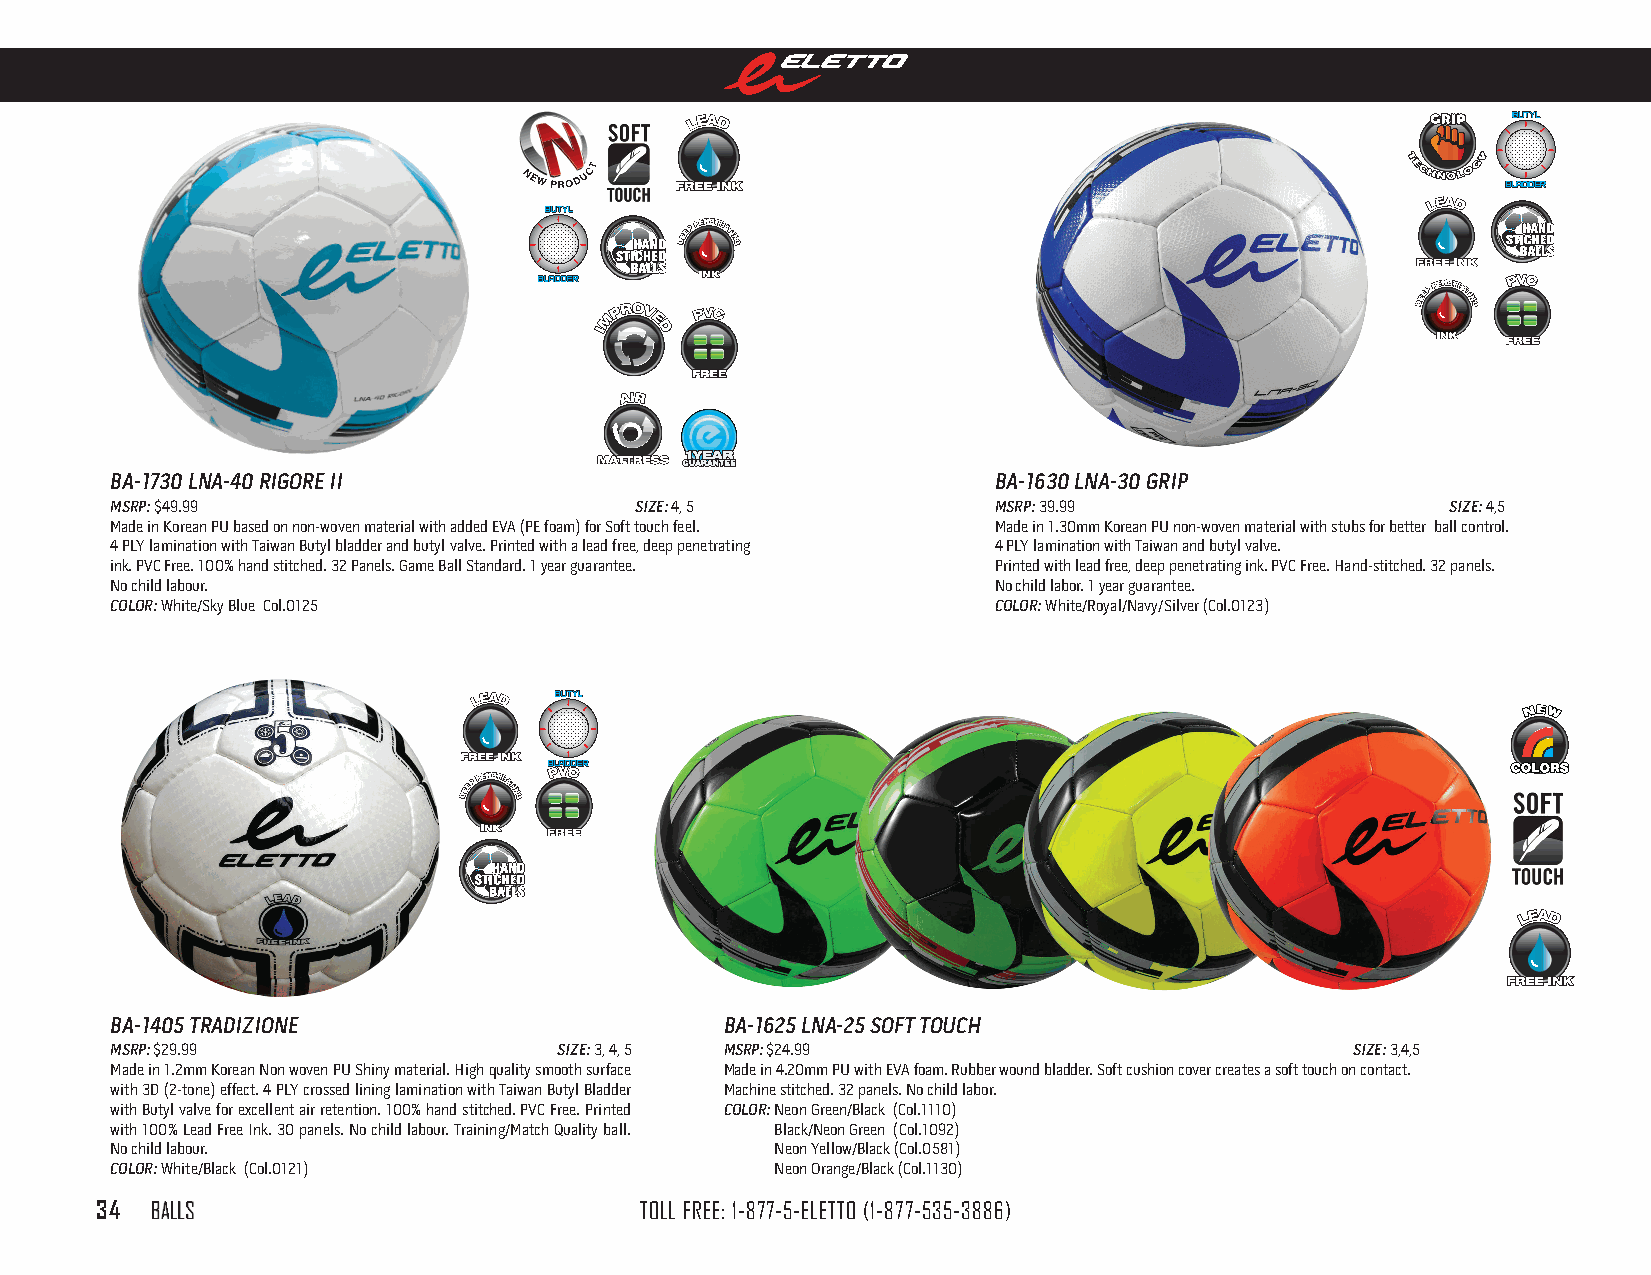
GRIP
 DDEEEEPP
 PPEENNEETTRRAATTIINNGG
 DDEEEEPP
 PPEENNEETTRRAATTIINNGG
 BA-1730 lnA-40 rigore ii                                   BA-1630 lnA-30 griP
 msrP: $49.99                       size: 4, 5              msrP: 39.99                   size: 4,5
 Made in Korean PU based on non-woven material with added EVA (PE foam) for Soft touch feel. Made in 1.30mm Korean PU non-woven material with stubs for better ball control.
 4 PLY lamination with Taiwan Butyl bladder and butyl valve. Printed with a lead free, deep penetrating 4 PLY lamination with Taiwan and butyl valve.
 ink. PVC Free. 100% hand stitched. 32 Panels. Game Ball Standard. 1 year guarantee. Printed with lead free, deep penetrating ink. PVC Free. Hand-stitched. 32 panels.
 No child labour.                                           No child labor. 1 year guarantee.
 color: White/Sky Blue Col.0125                             color: White/Royal/Navy/Silver (Col.0123)
 #
 3n e Aw
 vA
 s
 i
 li z Ae B l e
 DDEEEEPP
 PPEENNEETTRRAATTIINNGG
 BA-1405 TrAdizione                       BA-1625 lnA-25 soFT Touch
 msrP: $29.99                  size: 3, 4, 5 msrP: $24.99                           size: 3,4,5
 Made in 1.2mm Korean Non woven PU Shiny material. High quality smooth surface Made in 4.20mm PU with EVA foam. Rubber wound bladder. Soft cushion cover creates a soft touch on contact.
 with 3D (2-tone) effect. 4 PLY crossed lining lamination with Taiwan Butyl Bladder Machine stitched. 32 panels. No child labor.
 with Butyl valve for excellent air retention. 100% hand stitched. PVC Free. Printed color: Neon Green/Black (Col.1110)
 with 100% Lead Free Ink. 30 panels. No child labour. Training/Match Quality ball. Black/Neon Green (Col.1092)
 No child labour.                            Neon Yellow/Black (Col.0581)
 color: White/Black (Col.0121)               Neon Orange/Black (Col.1130)
 34  BaLLS                           TOLL FREE: 1-877-5-ELETTO (1-877-535-3886)